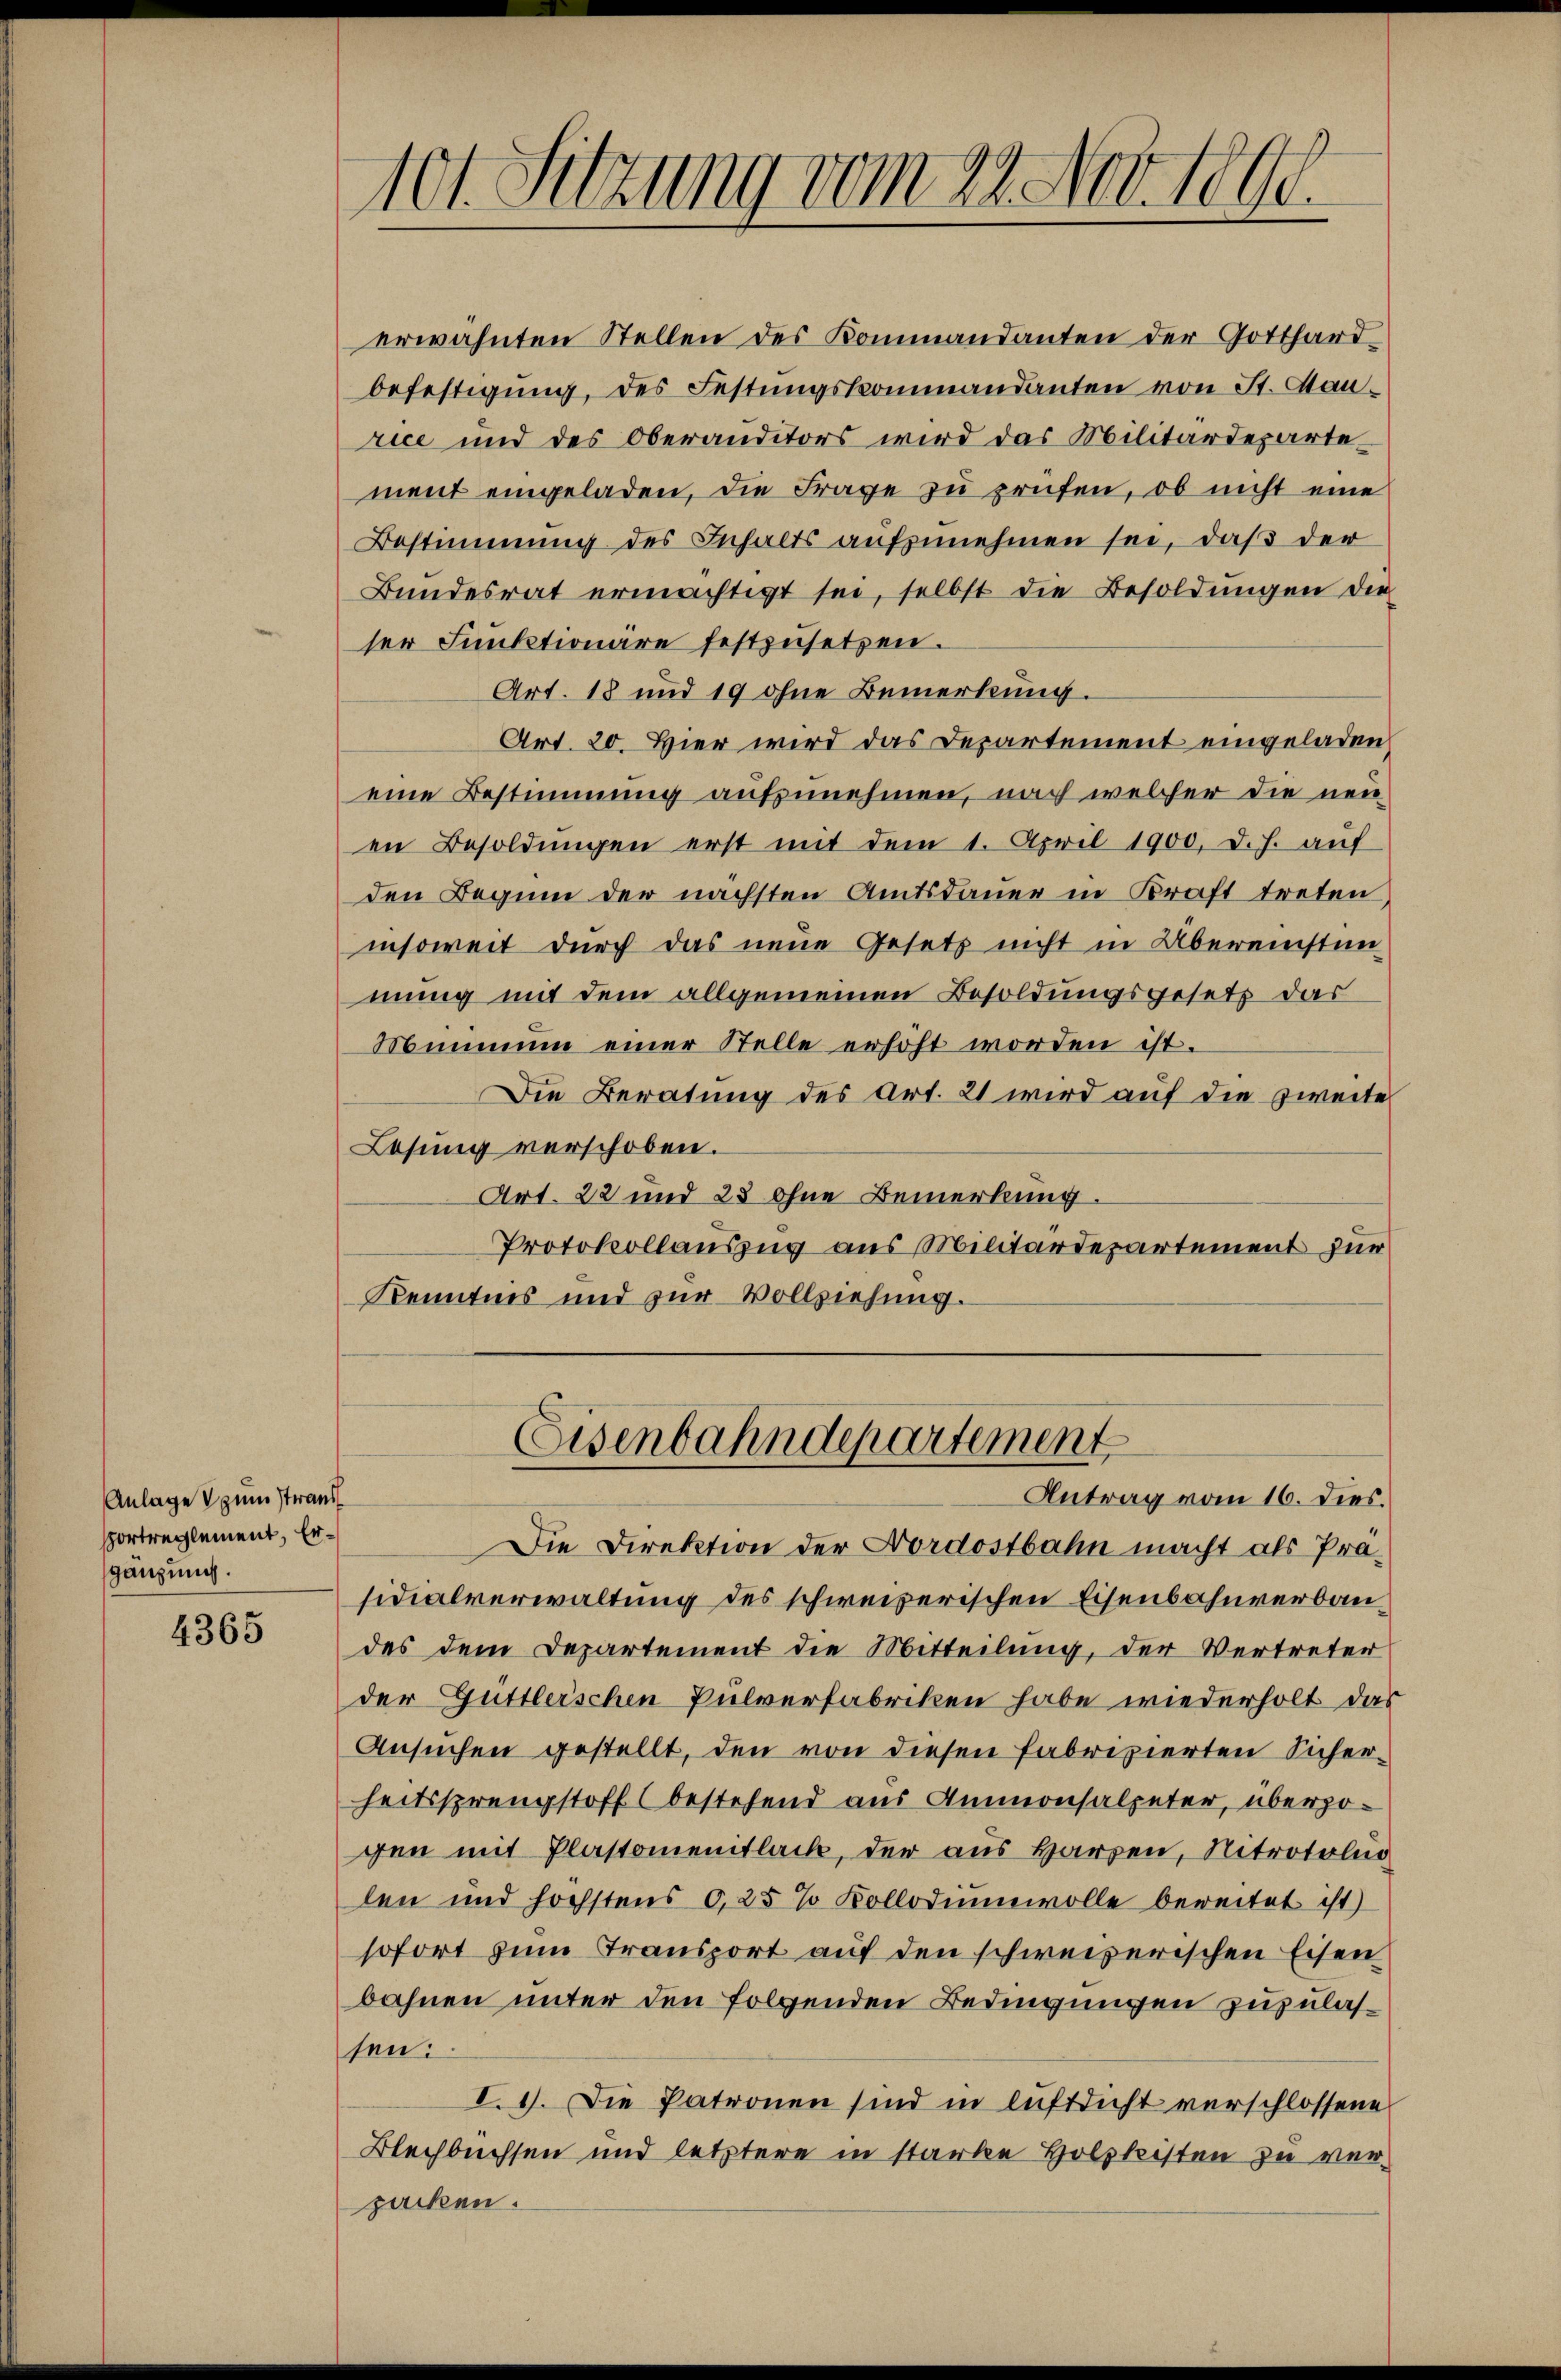
Anlage zum Strand
ortreglement, Ergänzung.

4365

101. Setzung vom 22. Nov. 1890.

erwähnten Stellen des Kommandanten der Gotthard-
befestigung, des Festungskommandanten von St. Manrice und des Oberanditors wird das Militärdepartement eingeladen, die Frage zu prüfen, ob nicht eine
Bestimmung des Inhalts aufzunehmen sei, daß der
Bundesrat ermächtigt sei, selbst die Besoldungen die
ser Funktionäre festzusetzen.
Art. 18 und 19 ohne Bemerkung.
Art. 20. Hier wird das Departement eingeladen
eine Bestimmung aufzunehmen, nach welcher die neuen Besoldungen erst mit dem 1. April 1900. d. h. auf
den Beginn der nächsten Amtsdauer in Kraft treten,
insoweit durch das neue Gesetz nicht in Übereinsten
mung mit dem allgemeinen Besoldungsgesetz das
Minimum einer Stelle erhöht worden ist.
Die Beratung des Art. 21 wird auf die zweite
Losung verschoben.
Art. 22 und 28 ohne Bemerkung.
Protokollauszug aus Militärdepartement zur
Kenntnis und zur Vollziehung.

Eisenbahndepartement
Antrag vom 16. dies.

Die Direktion der Nordostbahn macht als Präsidialverwaltung des schweizerischen Eisenbahnverbaudes dem Departement die Mitteilung, der Vertreter
der Güttleischen Pulverfabriken habe wiederholt das
Ansuchen gestellt, den von diesen Fabrizierten Sicher-
heitssprengstoff (bestehend aus Ammonsalpeter, überzogen mit Plastomentlack, der aus Harzen, Nitrotoluo
len und höchstens 0,25% Kollodiumwolle bereitet ist)
sofort zum Transport auf den schweizerischen Eisen
bahnen unter den folgenden Bedingungen zuzulassen.
I. 9. Die Patronen sind in Auftricht verschlossene
Blechbuchsen und letztere in starke Holzleisten zu ver-
packen.